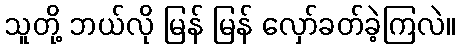
သူတို့ ဘယ်လို မြန် မြန် လှော်ခတ်ခဲ့ကြလဲ။